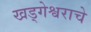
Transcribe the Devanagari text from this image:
खड्गेश्वराचे